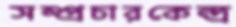
সম্প্রচারকেন্দ্র